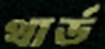
থার্ড